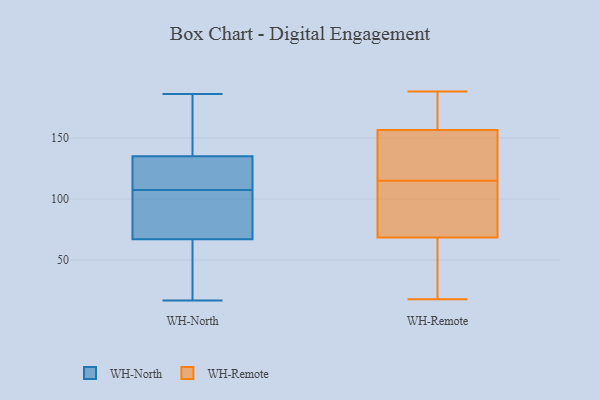
{"axis": {"x": "Shipments", "y": "Value"}, "legend": ["WH-North", "WH-Remote"], "data": [{"x": "", "y": 137, "type": "WH-North"}, {"x": "", "y": 17, "type": "WH-North"}, {"x": "", "y": 43, "type": "WH-North"}, {"x": "", "y": 119, "type": "WH-North"}, {"x": "", "y": 135, "type": "WH-North"}, {"x": "", "y": 103, "type": "WH-North"}, {"x": "", "y": 19, "type": "WH-North"}, {"x": "", "y": 85, "type": "WH-North"}, {"x": "", "y": 186, "type": "WH-North"}, {"x": "", "y": 141, "type": "WH-North"}, {"x": "", "y": 122, "type": "WH-North"}, {"x": "", "y": 78, "type": "WH-North"}, {"x": "", "y": 38, "type": "WH-North"}, {"x": "", "y": 112, "type": "WH-North"}, {"x": "", "y": 67, "type": "WH-North"}, {"x": "", "y": 151, "type": "WH-North"}, {"x": "", "y": 72, "type": "WH-North"}, {"x": "", "y": 114, "type": "WH-North"}, {"x": "", "y": 155, "type": "WH-Remote"}, {"x": "", "y": 139, "type": "WH-Remote"}, {"x": "", "y": 18, "type": "WH-Remote"}, {"x": "", "y": 31, "type": "WH-Remote"}, {"x": "", "y": 180, "type": "WH-Remote"}, {"x": "", "y": 185, "type": "WH-Remote"}, {"x": "", "y": 107, "type": "WH-Remote"}, {"x": "", "y": 107, "type": "WH-Remote"}, {"x": "", "y": 157, "type": "WH-Remote"}, {"x": "", "y": 94, "type": "WH-Remote"}, {"x": "", "y": 115, "type": "WH-Remote"}, {"x": "", "y": 56, "type": "WH-Remote"}, {"x": "", "y": 82, "type": "WH-Remote"}, {"x": "", "y": 168, "type": "WH-Remote"}, {"x": "", "y": 148, "type": "WH-Remote"}, {"x": "", "y": 57, "type": "WH-Remote"}, {"x": "", "y": 64, "type": "WH-Remote"}, {"x": "", "y": 131, "type": "WH-Remote"}, {"x": "", "y": 188, "type": "WH-Remote"}]}